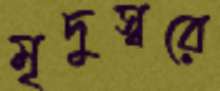
মৃদুস্বরে